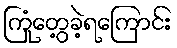
ကြုံတွေ့ခဲ့ရကြောင်း